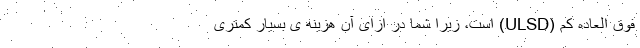
فوق العاده کم (ULSD) است، زیرا شما در ازای آن هزینه ی بسیار کمتری